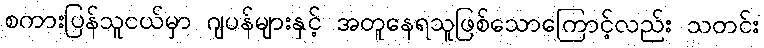
စကားပြန်သူငယ်မှာ ဂျပန်များနှင့် အတူနေရသူဖြစ်သောကြောင့်လည်း သတင်း